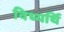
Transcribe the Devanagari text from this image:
विध्यर्थि